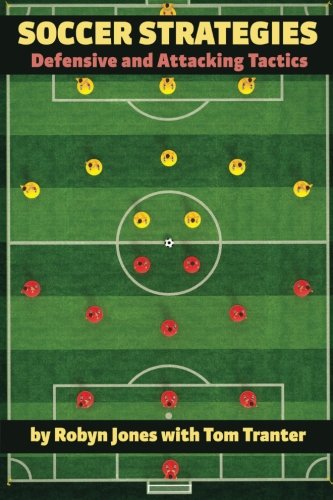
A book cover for Soccer Strategies: Defensive and Attacking Tactics; Robyn Jones; Sports & Outdoors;